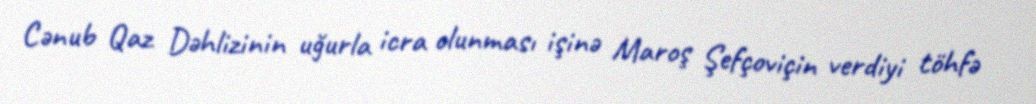
Cənub Qaz Dəhlizinin uğurla icra olunması işinə Maroş Şefçoviçin verdiyi töhfə